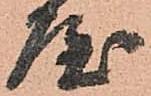
屋